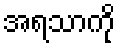
အရသာကို